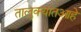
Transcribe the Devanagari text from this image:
तालुक्यातआहे